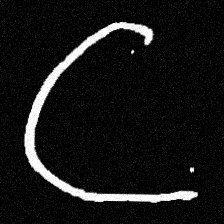
Pyu character \u2014 Myanmar letter: ဋ (romanized: tta)